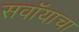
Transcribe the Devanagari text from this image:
सवॉयाचा